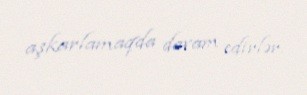
aşkarlamaqda davam edirlər.